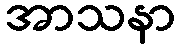
အာသနာ